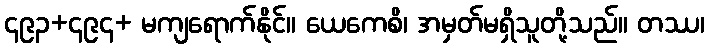
၄၉၃+၄၉၄+ မကျရောက်နိုင်။ ယေကေစိ၊ အမှတ်မရှိသူတို့သည်။ တဿ၊